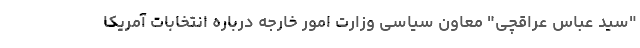
"سید عباس عراقچی" معاون سیاسی وزارت امور خارجه درباره انتخابات آمریکا